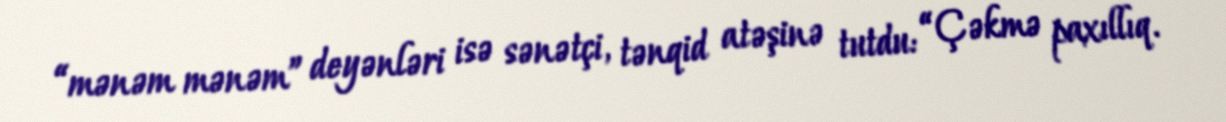
“mənəm mənəm” deyənləri isə sənətçi, tənqid atəşinə tutdu: “Çəkmə paxıllıq.